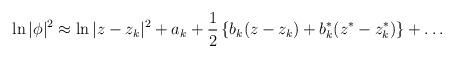
LaTeX: \begin{align*}\ln|\phi|^2\approx\ln|z-z_k|^2+a_k+\frac{1}{2}\left\{b_k(z-z_k)+b_k^*(z^*-z_k^*)\right\}+\dots\end{align*}